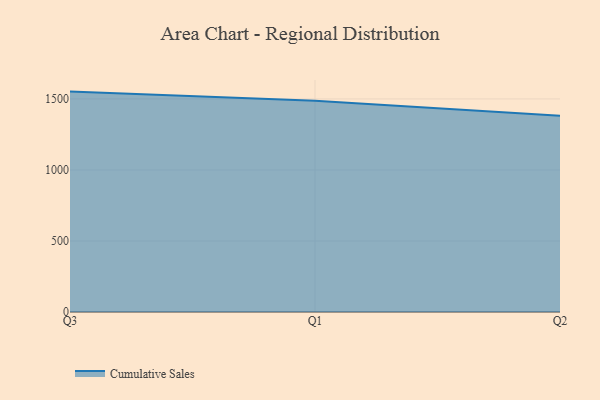
{"axis": {"x": "Quarter", "y": "Active Users"}, "legend": ["Cumulative Sales"], "data": [{"x": "Q3", "y": 1551.7, "type": "Cumulative Sales"}, {"x": "Q1", "y": 1486.9, "type": "Cumulative Sales"}, {"x": "Q2", "y": 1382.3, "type": "Cumulative Sales"}]}